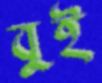
বুই